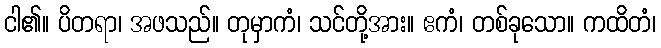
ငါ၏။ ပိတရာ၊ အဖသည်။ တုမှာကံ၊ သင်တို့အား။ ဧကံ၊ တစ်ခုသော။ ကထိတံ၊